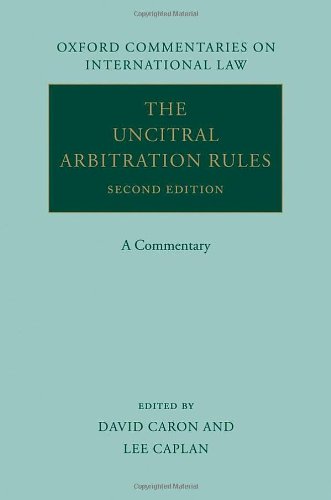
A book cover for The UNCITRAL Arbitration Rules: A Commentary (Oxford Commentaries on International Law); David D. Caron; Law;